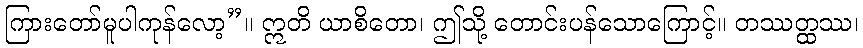
ကြားတော်မူပါကုန်လော့”။ ဣတိ ယာစိတော၊ ဤသို့ တောင်းပန်သောကြောင့်။ တဿတ္ထဿ၊